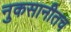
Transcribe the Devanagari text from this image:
नुकसानीतच